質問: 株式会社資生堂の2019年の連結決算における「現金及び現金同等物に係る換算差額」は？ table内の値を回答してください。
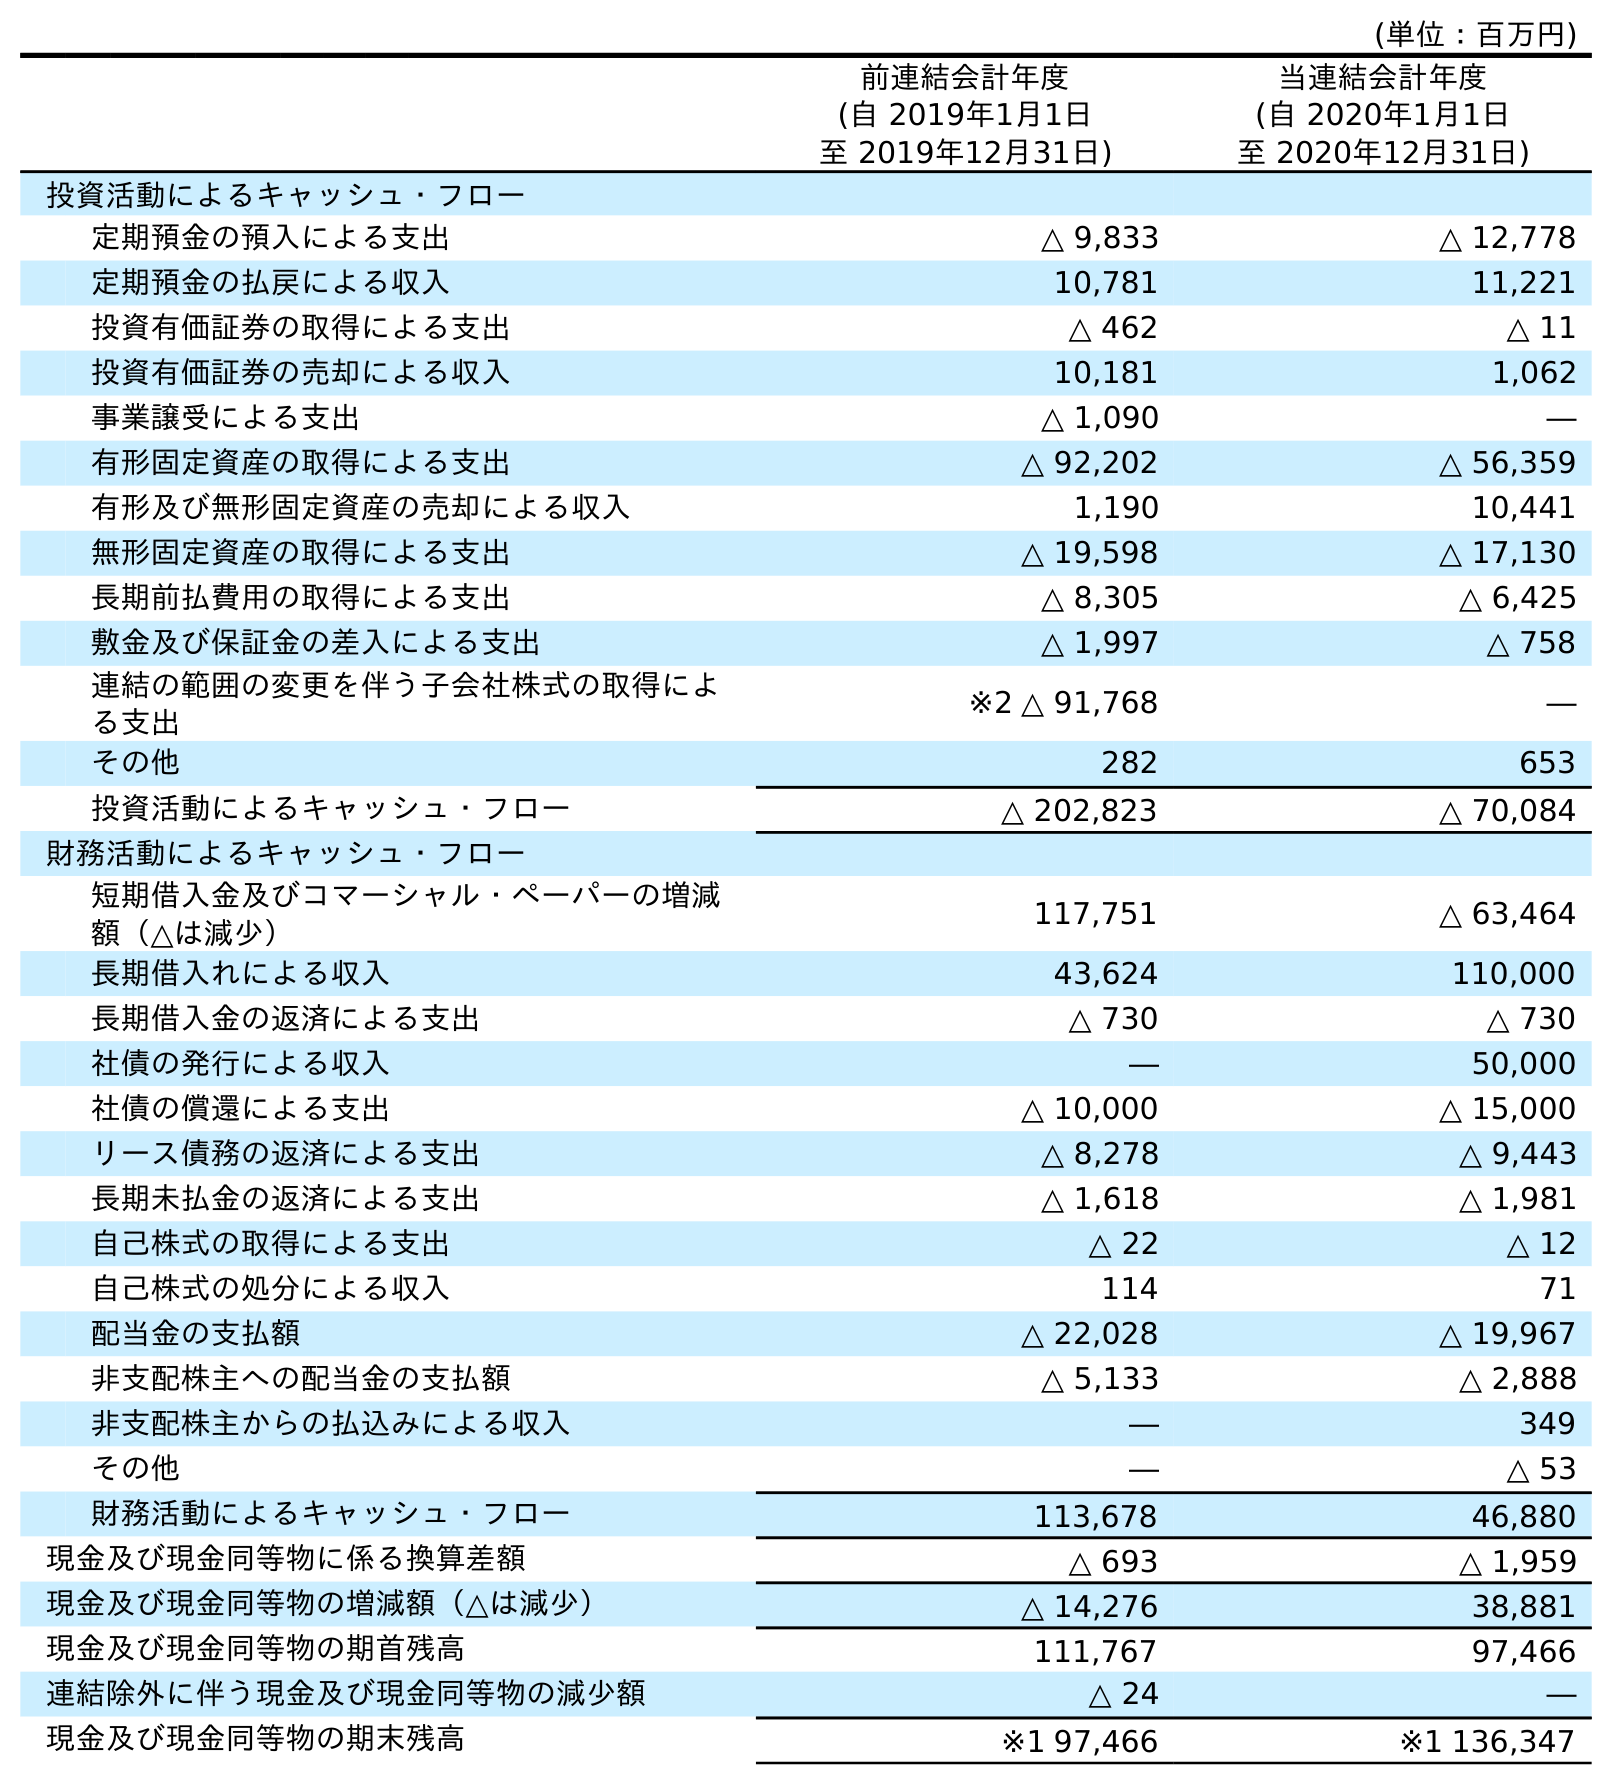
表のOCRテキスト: (単位：百万円) 前連結会計年度 (自 2019年1月1日 至 2019年12月31日) 当連結会計年度 (自 2020年1月1日 至 2020年12月31日) 投資活動によるキャッシュ・フロー 定期預金の預入による支出 △ 9,833 △ 12,778 定期預金の払戻による収入 10,781 11,221 投資有価証券の取得による支出 △ 462 △ 11 投資有価証券の売却による収入 10,181 1,062 事業譲受による支出 △ 1,090 ― 有形固定資産の取得による支出 △ 92,202 △ 56,359 有形及び無形固定資産の売却による収入 1,190 10,441 無形固定資産の取得による支出 △ 19,598 △ 17,130 長期前払費用の取得による支出 △ 8,305 △ 6,425 敷金及び保証金の差入による支出 △ 1,997 △ 758 連結の範囲の変更を伴う子会社株式の取得によ る支出 ※2 △ 91,768 ― その他 282 653 投資活動によるキャッシュ・フロー △ 202,823 △ 70,084 財務活動によるキャッシュ・フロー 短期借入金及びコマーシャル・ペーパーの増減 額（△は減少） 117,751 △ 63,464 長期借入れによる収入 43,624 110,000 長期借入金の返済による支出 △ 730 △ 730 社債の発行による収入 ― 50,000 社債の償還による支出 △ 10,000 △ 15,000 リース債務の返済による支出 △ 8,278 △ 9,443 長期未払金の返済による支出 △ 1,618 △ 1,981 自己株式の取得による支出 △ 22 △ 12 自己株式の処分による収入 114 71 配当金の支払額 △ 22,028 △ 19,967 非支配株主への配当金の支払額 △ 5,133 △ 2,888 非支配株主からの払込みによる収入 ― 349 その他 ― △ 53 財務活動によるキャッシュ・フロー 113,678 46,880 現金及び現金同等物に係る換算差額 △ 693 △ 1,959 現金及び現金同等物の増減額（△は減少） △ 14,276 38,881 現金及び現金同等物の期首残高 111,767 97,466 連結除外に伴う現金及び現金同等物の減少額 △ 24 ― 現金及び現金同等物の期末残高 ※1 97,466 ※1 136,347
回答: △693